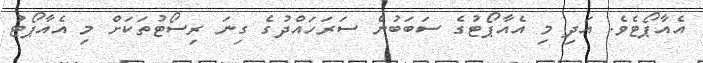
އެއާޕޯޓެވެ. އަދި މި އެއާޕޯޓުގެ ސަބަބުން ސަރަހައްދުގެ ގިނަ ރިސޯޓުތަކަށް މި އެއާޕޯޓު